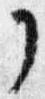
了